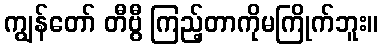
ကျွန်တော် တီဗွီ ကြည့်တာကိုမကြိုက်ဘူး။